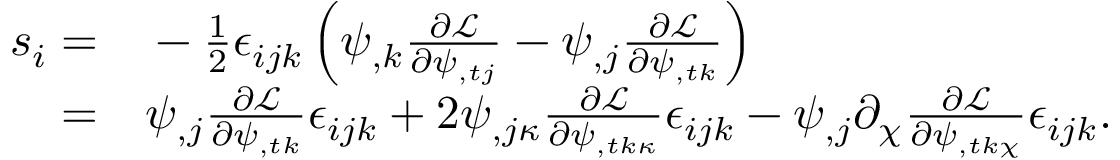
\begin{array} { r l } { s _ { i } = } & { { } - \frac 1 2 \epsilon _ { i j k } \left( \psi _ { , k } \frac { \partial \mathcal { L } } { \partial \psi _ { , t j } } - \psi _ { , j } \frac { \partial \mathcal { L } } { \partial \psi _ { , t k } } \right) } \\ { = } & { { } \psi _ { , j } \frac { \partial \mathcal { L } } { \partial \psi _ { , t k } } \epsilon _ { i j k } + 2 \psi _ { , j \kappa } \frac { \partial \mathcal { L } } { \partial \psi _ { , t k \kappa } } \epsilon _ { i j k } - \psi _ { , j } \partial _ { \chi } \frac { \partial \mathcal { L } } { \partial \psi _ { , t k \chi } } \epsilon _ { i j k } . } \end{array}